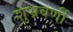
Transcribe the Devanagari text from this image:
शुभ्रवर्णी